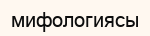
мифологиясы